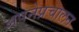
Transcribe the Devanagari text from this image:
अपनेप्रचालन